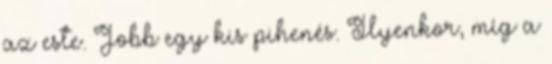
az este. Jobb egy kis pihenés. Ilyenkor, míg a